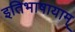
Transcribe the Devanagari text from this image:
इतिभाषायाम्‌